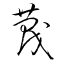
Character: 蔑